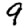
Digit: 9